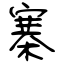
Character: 寨